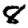
Digit: 8